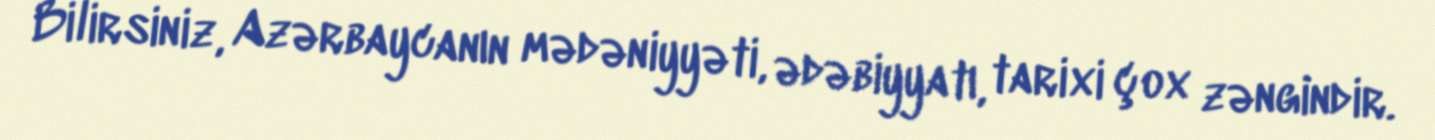
Bilirsiniz, Azərbaycanın mədəniyyəti, ədəbiyyatı, tarixi çox zəngindir.